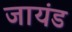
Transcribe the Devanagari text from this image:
जायंड